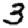
Digit: 3